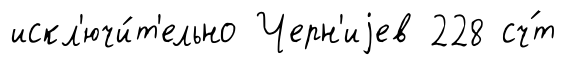
искл'ючи́т'ельно Черн'иjев 228 сч́т